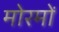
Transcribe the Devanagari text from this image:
मोरमों